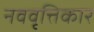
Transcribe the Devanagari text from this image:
नववृत्तिकार